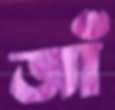
জাঁ